Vital statistics of India. Vol. V, Reports of 1876 on armies & jails and on epidemic cholera
Year: 1876
Disease focus: Cholera
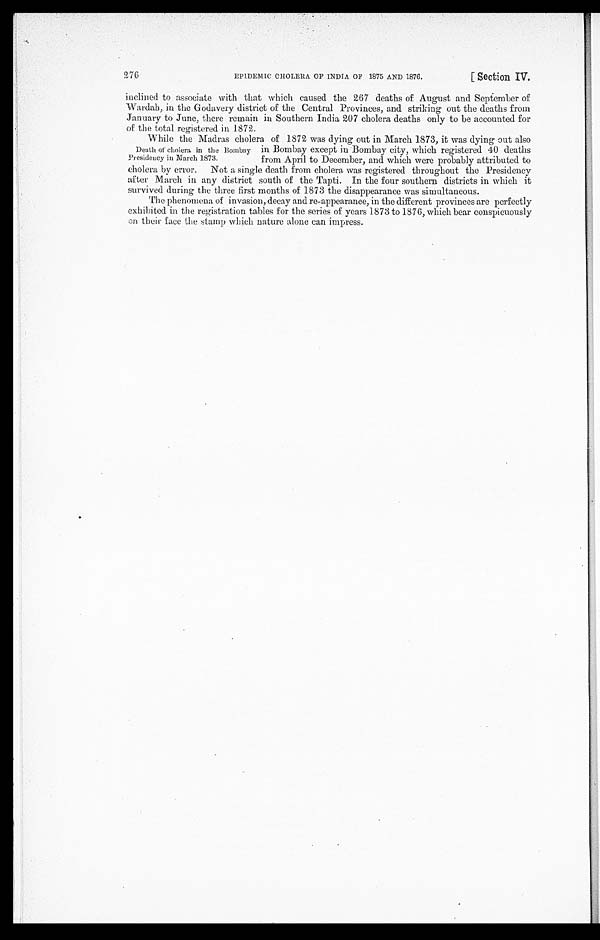
EPIDEMIC CHOLERA OF INDIA OF 1875 AND 1876.
[Section IV.
276
inclined to associate with that which caused the 267 deaths of August and September of
Wardah, in the Godavery district of the Central Provinces, and striking out the deaths from
January to June, there remain in Southern India 207 cholera deaths only to be accounted for
of the total registered in 1872.
While the Madras cholera of 1872 was dying out in March 1873, it was dying out also
in Bombay except in Bombay city, which registered 40 deaths
from April to December, and which were probably attributed to
c h o l e r a b y e r r o r . N o t a s i n g l e d e a t h f r o m c h o l e r a w a s r e g i s t e r e d t h r o u g h o u t t h e P r e s i d e n c y
after March in any district south of the Tapti. In the four southern districts in which it
survived during the three first months of 1873 the disappearance was simultaneous.
The phenomena of invasion, decay and re-appearance, in the different provinces are perfectly
exhibited in the registration tables for the series of years 1873 to 1876, which bear conspicuously
on their face the stamp which nature alone can impress.
Death at cholera in the Bombay
Presidency in March 1873.